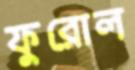
ফুরোল